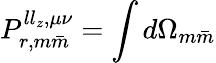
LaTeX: P_{r,m\bar{m}}^{ll_{z},\mu\nu}=\int d\Omega_{m\bar{m}}